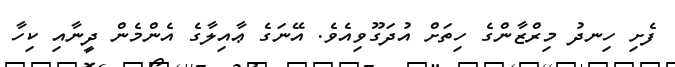
ފެށި ހިނދު މިރްޒާންގެ ހިތަށް އުދަގޫވިއެވެ. އޭނަގެ ޢާއިލާގެ އެންމެން ދީނާއި ކިހާ